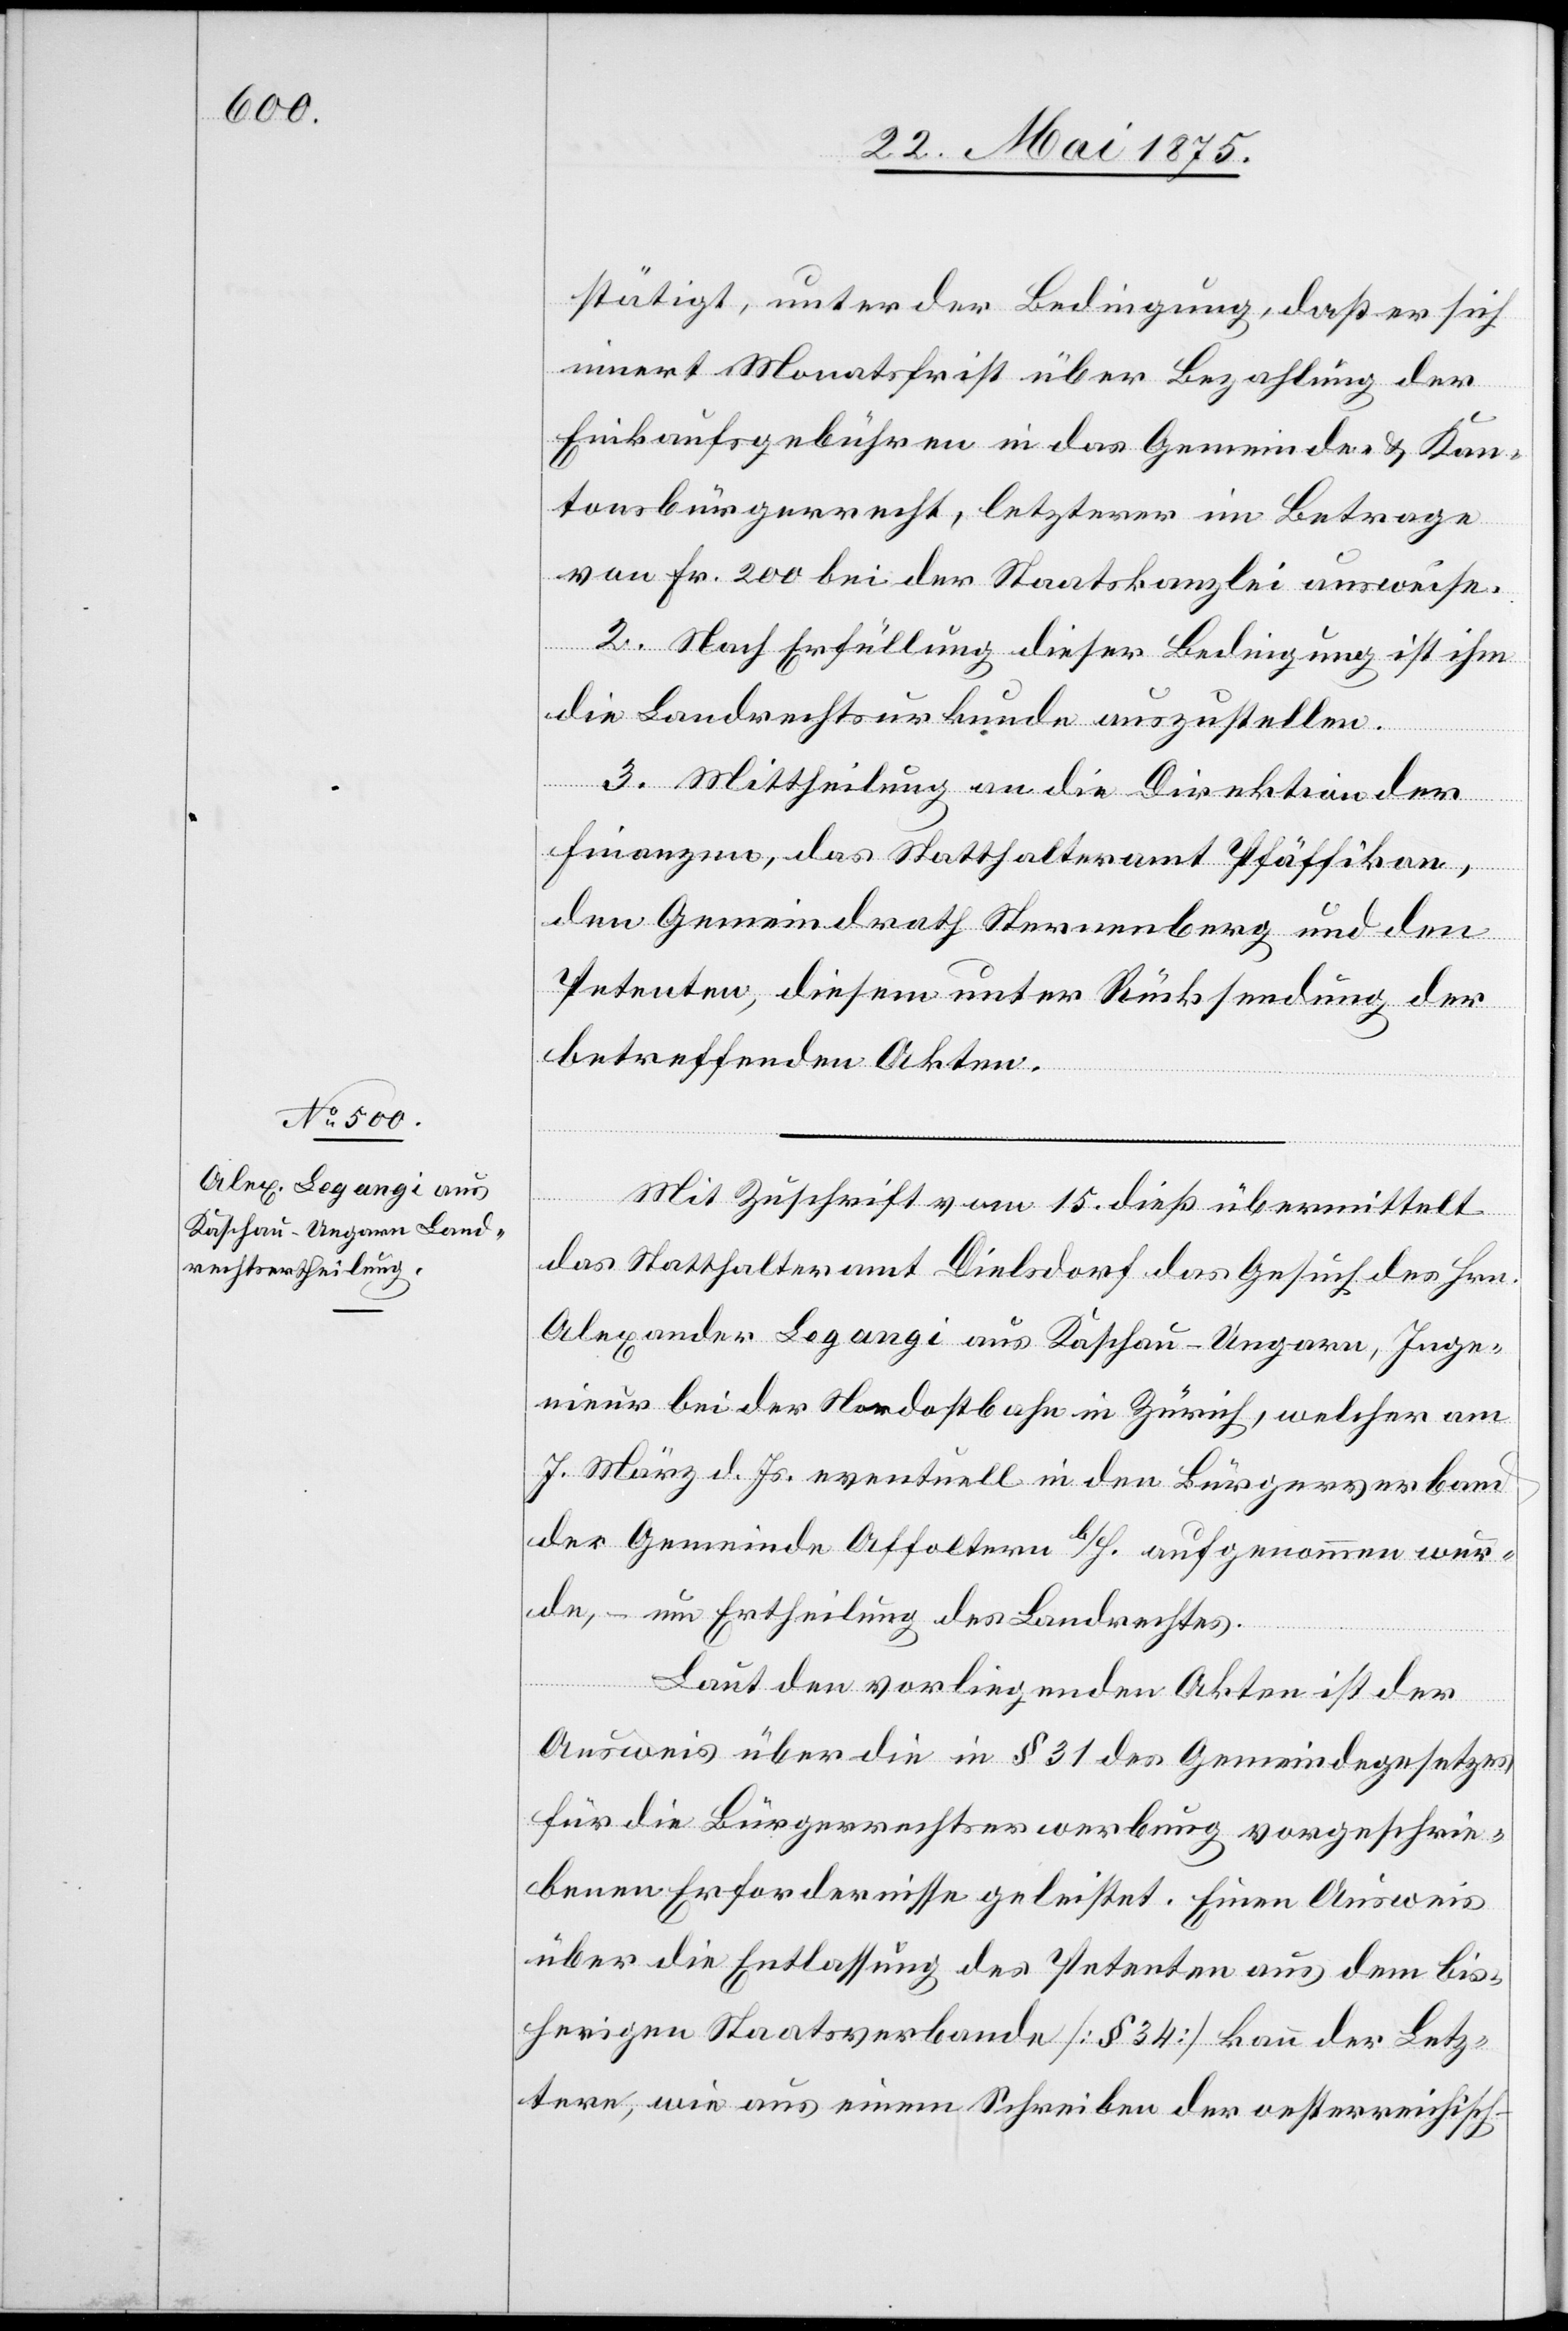
stätigt, unter der Bedingung, daß er sich
innert Monatsfrist über Bezahlung der
Einkaufsgebühren in das Gemeinde & Kan¬
tonsbürgerrecht, letzterer im Betrage
von Fr. 200 bei der Staatskanzlei ausweise.
Nach Erfüllung dieser Bedingung ist ihm
die Landrechtsurkunde auszustellen.
3. Mittheilung an die Direktion der
Finanzen, das Statthalteramt Pfäffikon,
den Gemeindrath Sternenberg und den
Petenten, diesem unter Rücksendung der
betreffenden Akten.
2.